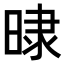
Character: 𣇨